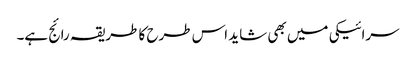
سرائیکی میں بھی شاید اس طرح کا طریقہ رائج ہے۔